Bréfritari: Þórbergur Ólafsson Snóksdal
Viðtakandi: Jón Borgfirðingur
Dagsetning: A-1862-05-02
Skrifað á: Múla í Aðaldal  S-Þing.

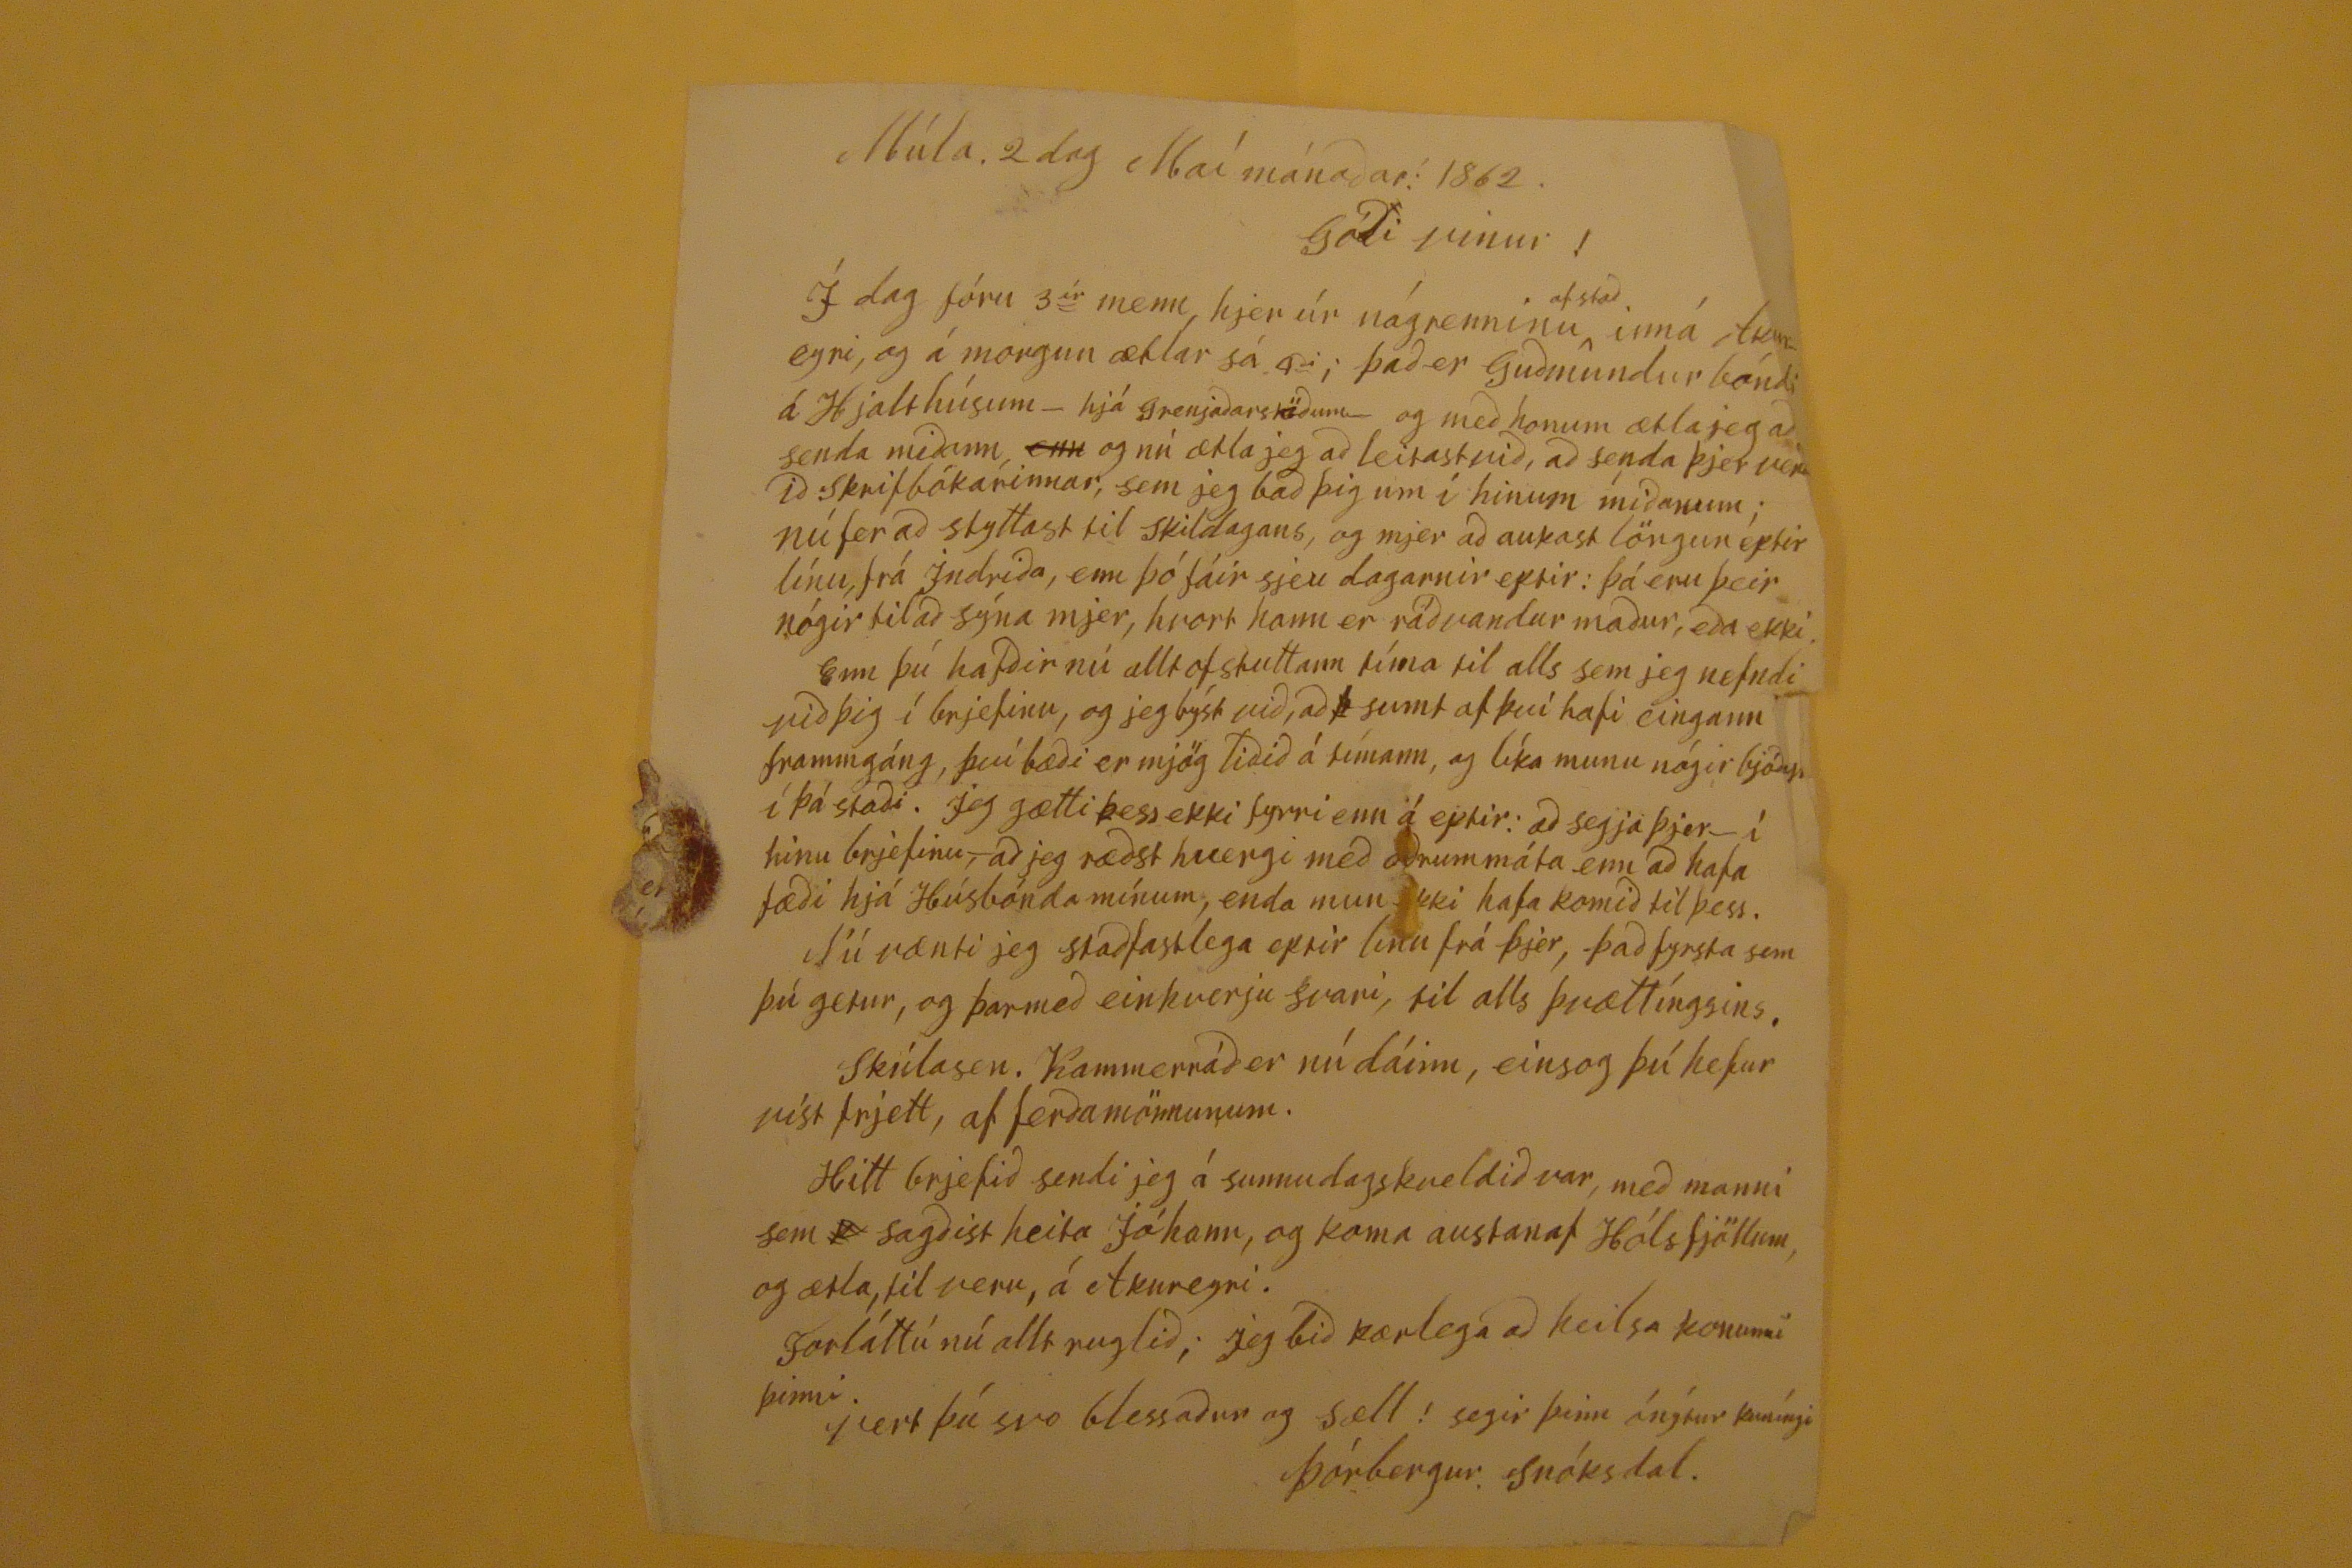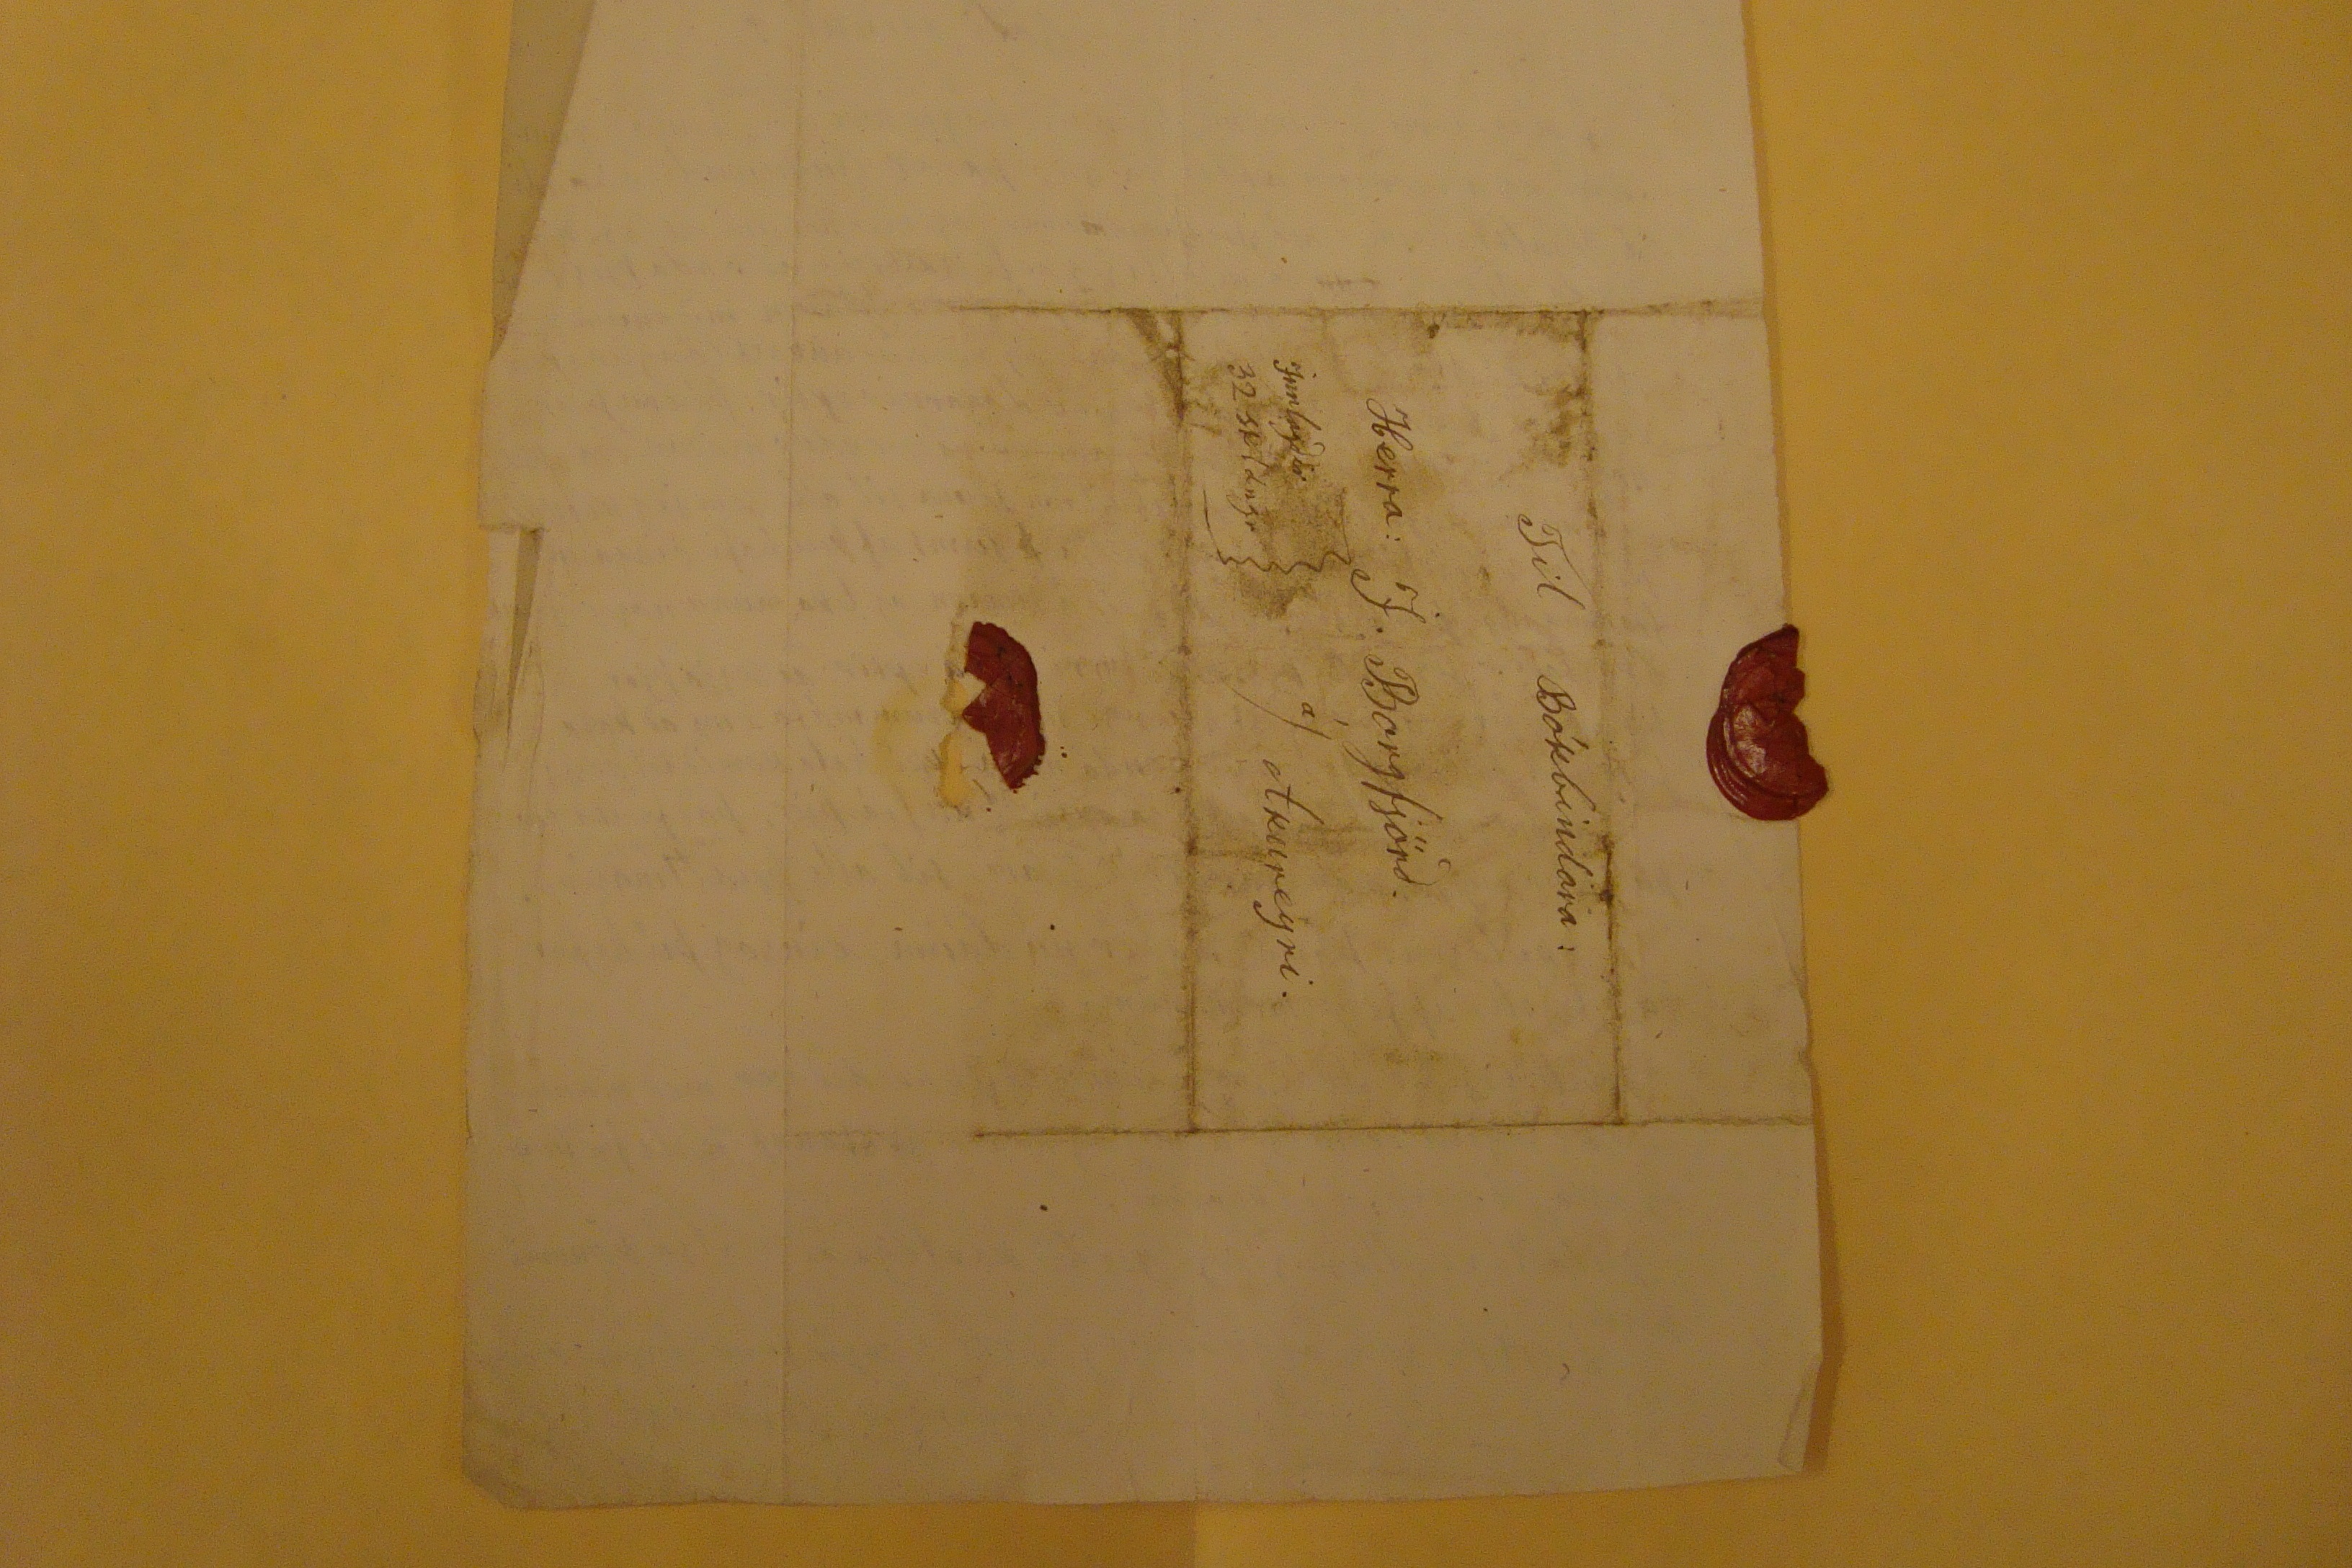

Múla. 2 dag Maí mánadar: 1862
Gódi vinur!
Í dag fóru 3
ír
menn, hjer úr nágrenninu (uppi"af stad) inná Akureyri, og á morgun ætlar sá
4
i
; þad er Gudmundur bóndi á Hjalthúsum- hjá Grenjadarstödum- og med honum ætla jeg ad senda midann,
enn
og nú ætla jeg ad leitast vid, ad senda þjer
verdid
Skrifbókarinnar, sem jeg bad þig um í hinum midanum; nú fer ad styttast til skildagans, og mjer ad aukast löngun eptir línu, frá Indrida, enn þó fáir sjeu dagarnir eptir: þá eru þeir nógir til ad sýna mjer, hvort hann er rádvandur madur, eda ekki.
Enn þú hafdir nú alltof stuttann tíma til alls sem jeg nefndi vid þig í brjefinu, og jeg býst vid, ad sumt af því hafi eingann frammgáng, því bædi er mjög lidid á tímann, og líka munu nógir
ljóns
í þá stadi. jeg gætti þess ekki fyrri enn á eptir: ad segja þjer- í hinu brjefinu,- ad jeg rædst hvergi med odrum máta enn ad hafa fædi hjá Húsbónda mínum, enda mun
kki hafa komid til þess.
Nú vænti jeg stadfastlega eptir linu frá þjer, þad fyrsta sem þú getur, og þar med einkverju svari, til alls þvættíngsins.
Skúlasen. Kammerrád er nú dáinn, eins og þú hefur víst frjett, af ferdamönnunum.
Hitt brjefid sendi jeg á sunnudagskveldid var, med manni sem sagdist heita Jóhann, og koma austanaf Hólsfjöllum, og ætla, til veru, á Akureyri.
Forláttú nú allt ruglid; jeg bid kærlega ad heilsa konunni þinni.
Vert þú svo blessadur og sæll! segir þinn ónýtur kuníngi
Þórbergur. Snóksdal.
Til Bókbindara:
Herra: J. Borgfjörd
á/ Akureyri
Innlagdir 32 skldngr